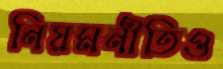
নিয়মনীতিও